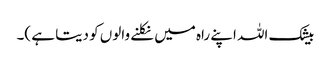
بیشک اللہ اپنے راہ میں نکلنے والوں کو دیتا ہے )۔